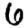
Digit: 6